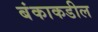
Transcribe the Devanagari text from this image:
बंकाकडील